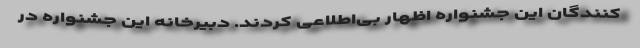
کنندگان این جشنواره اظهار بی‌اطلاعی کردند. دبیرخانه این جشنواره در